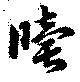
牘